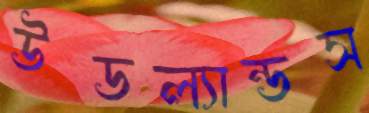
উডল্যান্ডস